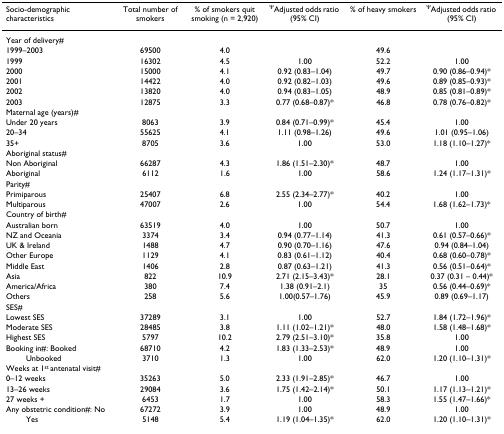
<table><thead><tr><td><b>Socio-demographic characteristics</b></td><td><b>Total number of smokers</b></td><td><b>% of smokers quit smoking (n = 2,920)</b></td><td><b><sup>Ψ</sup>Adjusted odds ratio (95% CI)</b></td><td><b>% of heavy smokers</b></td><td><b><sup>Ψ</sup>Adjusted odds ratio (95% CI)</b></td></tr></thead><tbody><tr><td>Year of delivery#</td><td></td><td></td><td></td><td></td><td></td></tr><tr><td>1999–2003</td><td>69500</td><td>4.0</td><td></td><td>49.6</td><td></td></tr><tr><td>1999</td><td>16302</td><td>4.5</td><td>1.00</td><td>52.2</td><td>1.00</td></tr><tr><td>2000</td><td>15000</td><td>4.1</td><td>0.92 (0.83–1.04)</td><td>49.7</td><td>0.90 (0.86–0.94)*</td></tr><tr><td>2001</td><td>14422</td><td>4.0</td><td>0.92 (0.82–1.03)</td><td>49.6</td><td>0.89 (0.85–0.93)*</td></tr><tr><td>2002</td><td>13820</td><td>4.0</td><td>0.94 (0.83–1.05)</td><td>48.9</td><td>0.85 (0.81–0.89)*</td></tr><tr><td>2003</td><td>12875</td><td>3.3</td><td>0.77 (0.68–0.87)*</td><td>46.8</td><td>0.78 (0.76–0.82)*</td></tr><tr><td>Maternal age (years)#</td><td></td><td></td><td></td><td></td><td></td></tr><tr><td>Under 20 years</td><td>8063</td><td>3.9</td><td>0.84 (0.71–0.99)*</td><td>45.4</td><td>1.00</td></tr><tr><td>20–34</td><td>55625</td><td>4.1</td><td>1.11 (0.98–1.26)</td><td>49.6</td><td>1.01 (0.95–1.06)</td></tr><tr><td>35+</td><td>8705</td><td>3.6</td><td>1.00</td><td>53.0</td><td>1.18 (1.10–1.27)*</td></tr><tr><td>Aboriginal status#</td><td></td><td></td><td></td><td></td><td></td></tr><tr><td>Non Aboriginal</td><td>66287</td><td>4.3</td><td>1.86 (1.51–2.30)*</td><td>48.7</td><td>1.00</td></tr><tr><td>Aboriginal</td><td>6112</td><td>1.6</td><td>1.00</td><td>58.6</td><td>1.24 (1.17–1.31)*</td></tr><tr><td>Parity#</td><td></td><td></td><td></td><td></td><td></td></tr><tr><td>Primiparous</td><td>25407</td><td>6.8</td><td>2.55 (2.34–2.77)*</td><td>40.2</td><td>1.00</td></tr><tr><td>Multiparous</td><td>47007</td><td>2.6</td><td>1.00</td><td>54.4</td><td>1.68 (1.62–1.73)*</td></tr><tr><td>Country of birth#</td><td></td><td></td><td></td><td></td><td></td></tr><tr><td>Australian born</td><td>63519</td><td>4.0</td><td>1.00</td><td>50.7</td><td>1.00</td></tr><tr><td>NZ and Oceania</td><td>3374</td><td>3.4</td><td>0.94 (0.77–1.14)</td><td>41.3</td><td>0.61 (0.57–0.66)*</td></tr><tr><td>UK &amp; Ireland</td><td>1488</td><td>4.7</td><td>0.90 (0.70–1.16)</td><td>47.6</td><td>0.94 (0.84–1.04)</td></tr><tr><td>Other Europe</td><td>1129</td><td>4.1</td><td>0.83 (0.61–1.12)</td><td>40.4</td><td>0.68 (0.60–0.78)*</td></tr><tr><td>Middle East</td><td>1406</td><td>2.8</td><td>0.87 (0.63–1.21)</td><td>41.3</td><td>0.56 (0.51–0.64)*</td></tr><tr><td>Asia</td><td>822</td><td>10.9</td><td>2.71 (2.15–3.43)*</td><td>28.1</td><td>0.37 (0.31 – 0.44)*</td></tr><tr><td>America/Africa</td><td>380</td><td>7.4</td><td>1.38 (0.91–2.1)</td><td>35</td><td>0.56 (0.44–0.69)*</td></tr><tr><td>Others</td><td>258</td><td>5.6</td><td>1.00(0.57–1.76)</td><td>45.9</td><td>0.89 (0.69–1.17)</td></tr><tr><td>SES#</td><td></td><td></td><td></td><td></td><td></td></tr><tr><td>Lowest SES</td><td>37289</td><td>3.1</td><td>1.00</td><td>52.7</td><td>1.84 (1.72–1.96)*</td></tr><tr><td>Moderate SES</td><td>28485</td><td>3.8</td><td>1.11 (1.02–1.21)*</td><td>48.0</td><td>1.58 (1.48–1.68)*</td></tr><tr><td>Highest SES</td><td>5797</td><td>10.2</td><td>2.79 (2.51–3.10)*</td><td>35.8</td><td>1.00</td></tr><tr><td>Booking in#: Booked</td><td>68710</td><td>4.2</td><td>1.83 (1.33–2.53)*</td><td>48.9</td><td>1.00</td></tr><tr><td>Unbooked</td><td>3710</td><td>1.3</td><td>1.00</td><td>62.0</td><td>1.20 (1.10–1.31)*</td></tr><tr><td>Weeks at 1<sup>st </sup>antenatal visit#</td><td></td><td></td><td></td><td></td><td></td></tr><tr><td>0–12 weeks</td><td>35263</td><td>5.0</td><td>2.33 (1.91–2.85)*</td><td>46.7</td><td>1.00</td></tr><tr><td>13–26 weeks</td><td>29084</td><td>3.6</td><td>1.75 (1.42–2.14)*</td><td>50.1</td><td>1.17 (1.13–1.21)*</td></tr><tr><td>27 weeks +</td><td>6453</td><td>1.7</td><td>1.00</td><td>58.3</td><td>1.55 (1.47–1.66)*</td></tr><tr><td>Any obstetric condition#: No</td><td>67272</td><td>3.9</td><td>1.00</td><td>48.9</td><td>1.00</td></tr><tr><td>Yes</td><td>5148</td><td>5.4</td><td>1.19 (1.04–1.35)*</td><td>62.0</td><td>1.20 (1.10–1.31)*</td></tr></tbody></table>